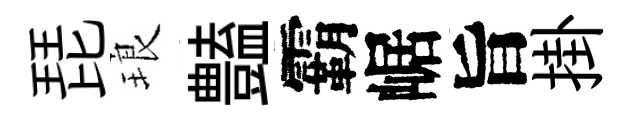
琵琅𧰟霸崌旨掛